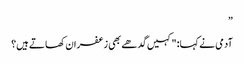
”
آدمی نے کہا: "کہیں گدھے بھی زعفران کھاتے ہیں؟